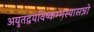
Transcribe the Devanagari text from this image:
अयुतद्वयविष्कम्भस्यासन्नो